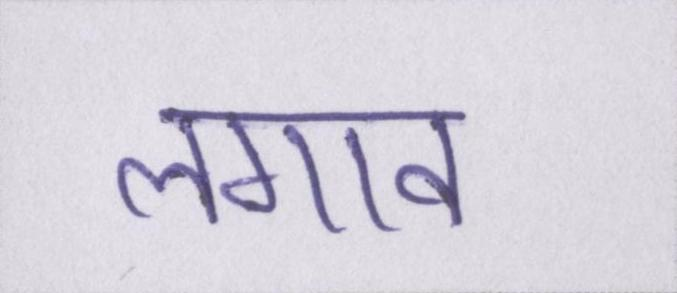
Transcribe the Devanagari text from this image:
लगाव